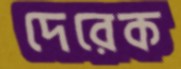
দেরেক